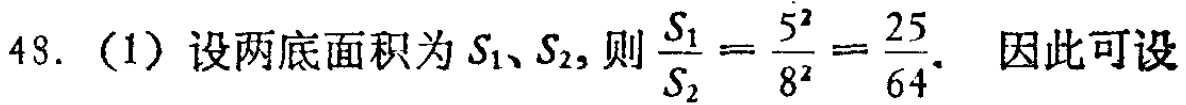
48. (1) 设两底面积为 \(S_1、S_2\), 则 \(\frac{S_1}{S_2}=\frac{5^2}{8^2}=\frac{25}{64}\). 因此可设